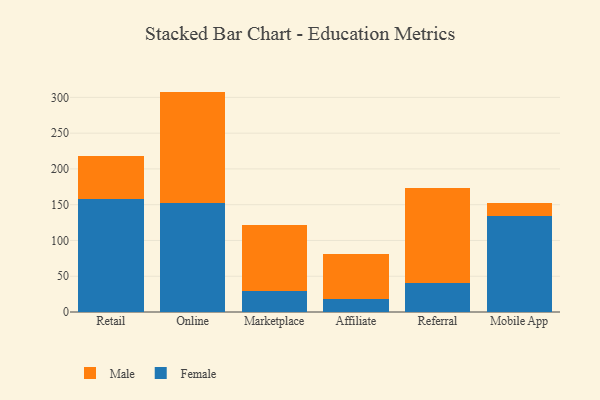
{"axis": {"x": "Channel", "y": "Revenue (USD Million)"}, "legend": ["Female", "Male"], "data": [{"x": "Retail", "y": 157.9, "type": "Female"}, {"x": "Retail", "y": 59.9, "type": "Male"}, {"x": "Online", "y": 152.6, "type": "Female"}, {"x": "Online", "y": 155.5, "type": "Male"}, {"x": "Marketplace", "y": 30.0, "type": "Female"}, {"x": "Marketplace", "y": 92.0, "type": "Male"}, {"x": "Affiliate", "y": 18.6, "type": "Female"}, {"x": "Affiliate", "y": 62.2, "type": "Male"}, {"x": "Referral", "y": 40.3, "type": "Female"}, {"x": "Referral", "y": 132.7, "type": "Male"}, {"x": "Mobile App", "y": 134.2, "type": "Female"}, {"x": "Mobile App", "y": 17.7, "type": "Male"}]}